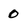
Character: 0